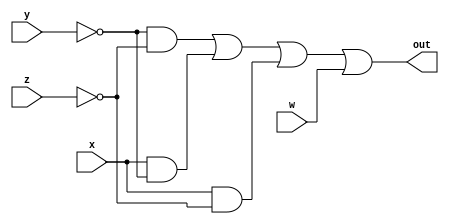
module num_7seg_B(out, w, x, y, z);

input w, x, y, z;
output out;

assign out = ~y & ~z | x & ~y | x & ~z | w;

endmodule